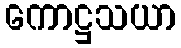
ကောဋ္ဌသယာ